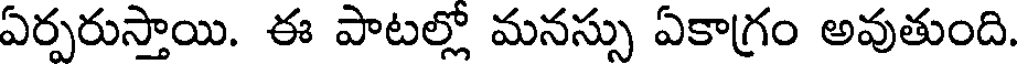
ఏర్పరుస్తాయి. ఈ పాటల్లో మనస్సు ఏకాగ్రం అవుతుంది.